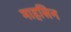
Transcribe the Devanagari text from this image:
माहसिन